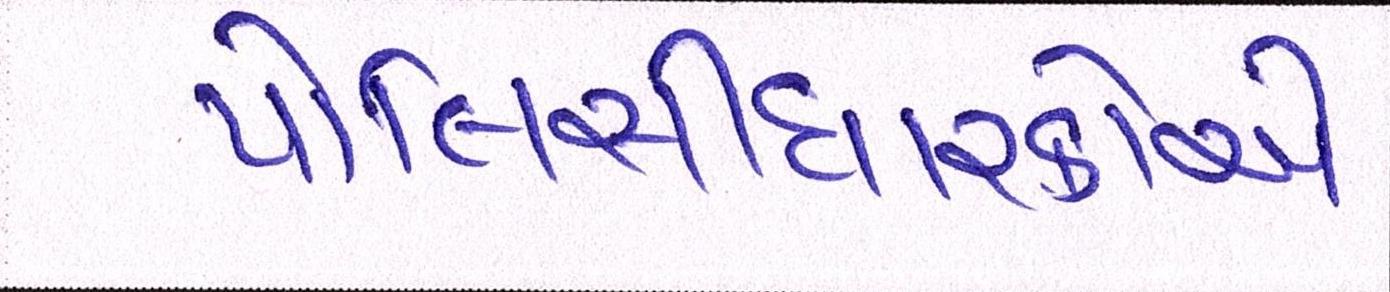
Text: પોલિસીધારકોએ